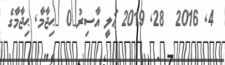
4